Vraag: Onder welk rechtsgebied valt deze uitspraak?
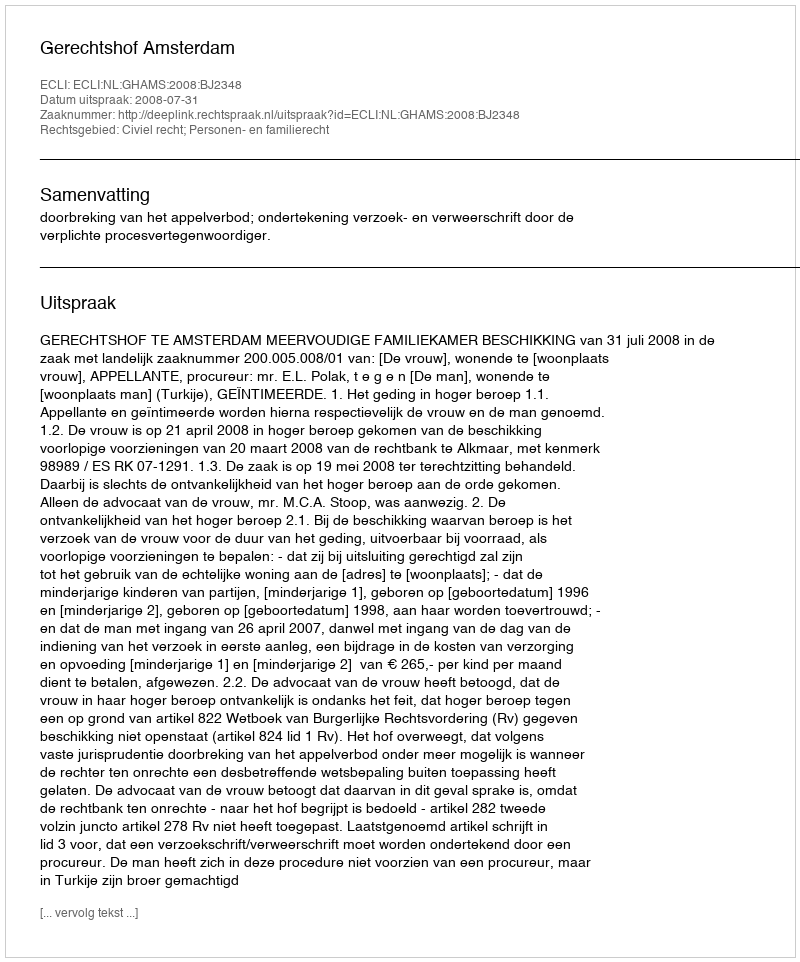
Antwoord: Civiel recht; Personen- en familierecht